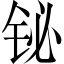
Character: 铋